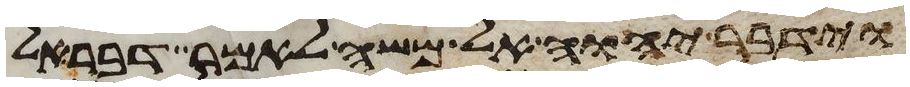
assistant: וידבר יהוה אל משה לאמר דבר אל